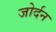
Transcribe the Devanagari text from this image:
जोर्दन